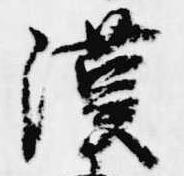
漢